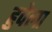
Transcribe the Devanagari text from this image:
हुवेला